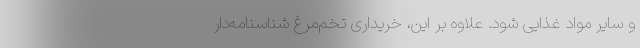
و سایر مواد غذایی شود. علاوه بر این، خریداری تخم‌مرغ شناسنامه‌دار